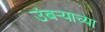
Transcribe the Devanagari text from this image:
उंबर्‍याच्या